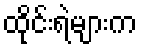
ထိုင်းရဲများက